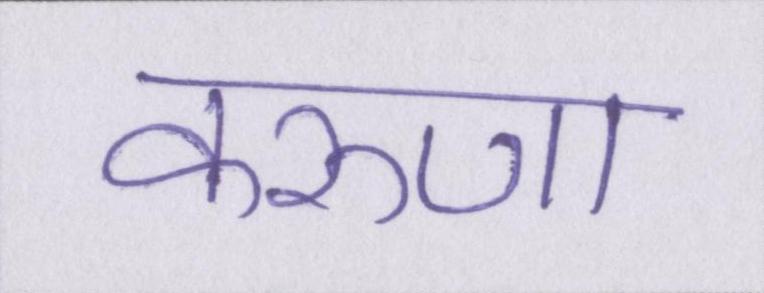
करुणा